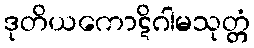
ဒုတိယကောဋိဂါမသုတ္တံ